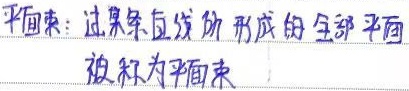
平面束：过某条直线所形成的全部平面被称为平面束。